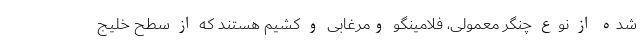
شده از نوع چنگر معمولی، فلامینگو ومرغابی و کشیم هستند که از سطح خلیج